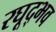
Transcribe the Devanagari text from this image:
रघूद्भव